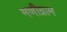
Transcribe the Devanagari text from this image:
मणीग्राम